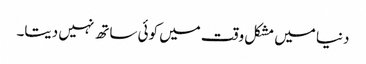
دنیا میں مشکل وقت میں کوئی ساتھ نہیں دیتا۔